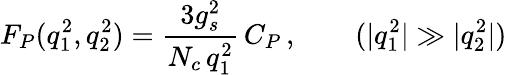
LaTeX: F_{P}(q_{1}^{2},q_{2}^{2})=\frac{3g_{s}^{2}}{N_{c}\, q_{1}^{2}}\, C_{P}\, ,\qquad(|q_{1}^{2}|\gg|q_{2}^{2}|)